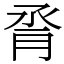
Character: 脀